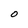
Character: O